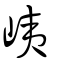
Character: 峓